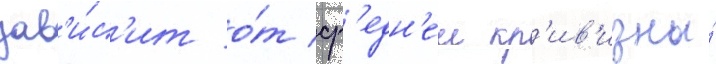
зав'и́с'ит о́т ср'едн'еи кр'ив'изны́